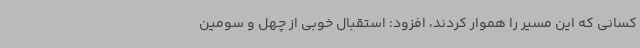
کسانی که این مسیر را هموار کردند، افزود: استقبال خوبی از چهل و سومین